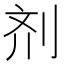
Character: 剂